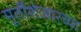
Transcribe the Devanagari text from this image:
मूर्तीशेजारच्या